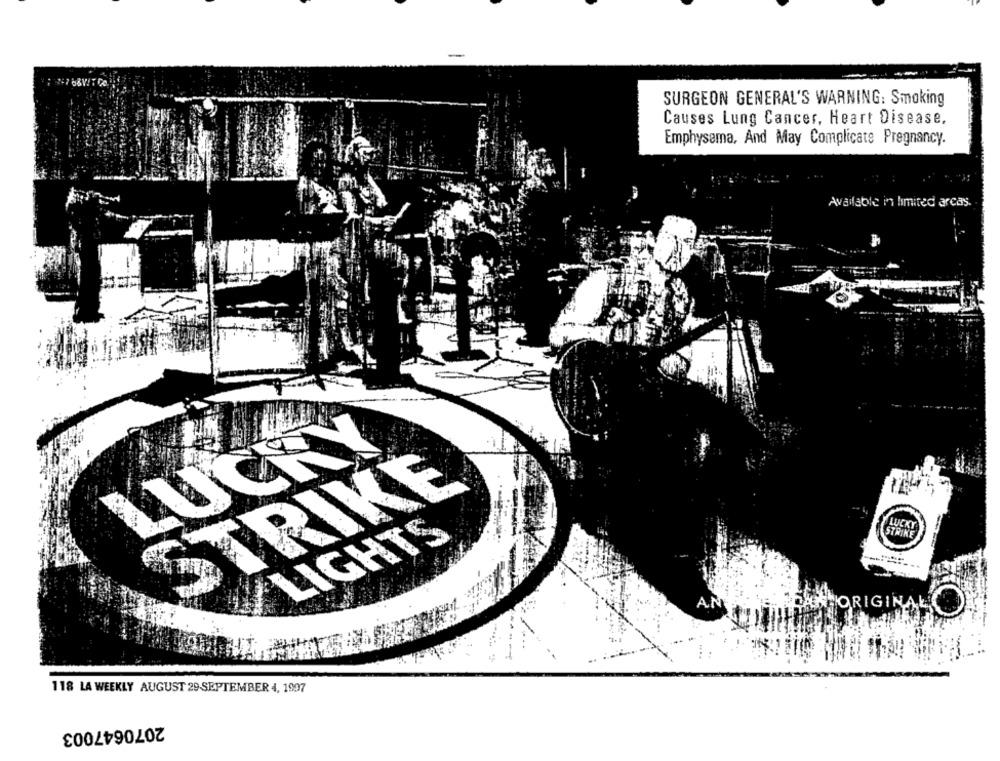
SURGEON GENERAL'S WARNING: Smoking
Causes Lung Cancer, Heart Disease.
Emphysema, And May Complicate Pregnancy.
Available in limited arcas.
LUCKY
RIKE
LUCKY
LIGHTS
ORIGINAL
118 LA WEEKLY AUGUST 29 SEPTEMBER 4, 1997
2070647003